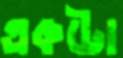
একটো